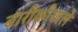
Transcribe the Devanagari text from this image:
बारीकीवाले